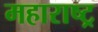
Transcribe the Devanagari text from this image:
महाराष्ट्र